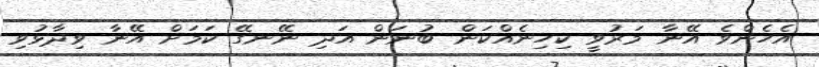
އެހެންވެ އޭނާ މަރުވީ ކިހިނެއްކަން ބުނަން އަދި ނޭނގޭ ކަމަށް އޭނާ ވިދާޅުވި